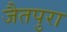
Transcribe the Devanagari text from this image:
जैतपुरा